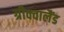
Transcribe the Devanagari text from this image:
ग्रीक्वालैंड